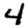
Digit: 4